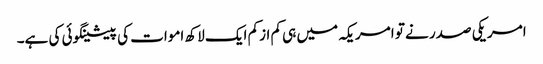
امریکی صدر نے تو امریکہ میں ہی کم ازکم ایک لاکھ اموات کی پیشینگوئی کی ہے۔